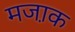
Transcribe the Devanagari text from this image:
मजा़क